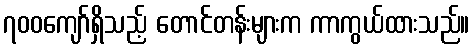
၇၀၀ကျော်ရှိသည့် တောင်တန်းများက ကာကွယ်ထားသည်။